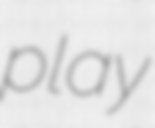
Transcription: play